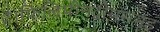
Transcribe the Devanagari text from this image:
है।फिलिपीनद्वीपसमूह